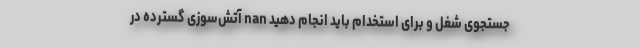
جستجوی شغل و برای استخدام باید انجام دهید nan آتش‌سوزی گسترده در